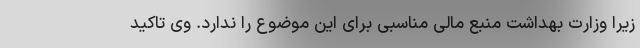
زیرا وزارت بهداشت منبع مالی مناسبی برای این موضوع را ندارد. وی تاکید